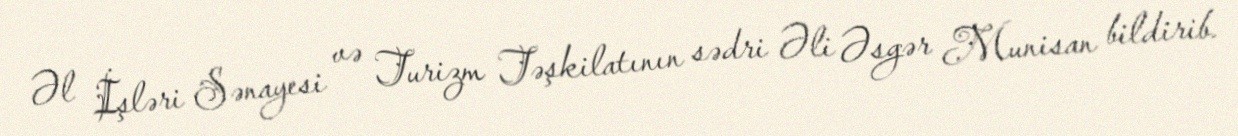
Əl İşləri Sənayesi və Turizm Təşkilatının sədri Əli Əsgər Munisan bildirib.